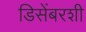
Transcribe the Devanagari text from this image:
डिसेंबरशी